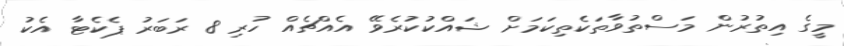
މީގެ އިތުރުން މަސްތުވާތަކެތިކަމަށް ޝައްކުކުރެވޭ އެއްޗެއް ހުރި 8 ރަބަރު ޕެކެޓާ އެކު